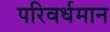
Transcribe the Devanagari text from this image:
परिवर्धमान